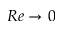
R e \to 0